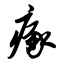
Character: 瘃